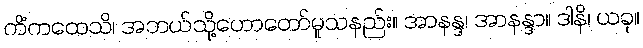
ကိံကထေသိ၊ အဘယ်သို့ဟောတော်မူသနည်း။ အာနန္ဒ၊ အာနန္ဒာ။ ဒါနိ၊ ယခု။